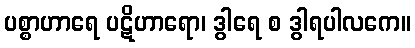
ပစ္စာဟာရေ ပဋိဟာရော၊ ဒွါရေ စ ဒွါရပါလကေ။